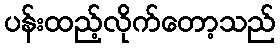
ပန်းထည့်လိုက်တော့သည်